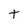
Character: t